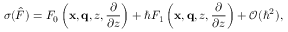
\sigma ( \hat { F } ) = F _ { 0 } \left( \mathbf { x } , \mathbf { q } , z , \frac { \partial } { \partial z } \right) + \hbar F _ { 1 } \left( \mathbf { x } , \mathbf { q } , z , \frac { \partial } { \partial z } \right) + \mathcal { O } ( \hbar ^ { 2 } ) ,